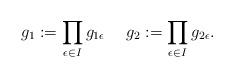
LaTeX: \begin{align*} g_1:=\prod_{\epsilon \in I} g_{1 \epsilon} \ \ \ \ g_2:=\prod_{\epsilon\in I}g_{2 \epsilon} .\end{align*}